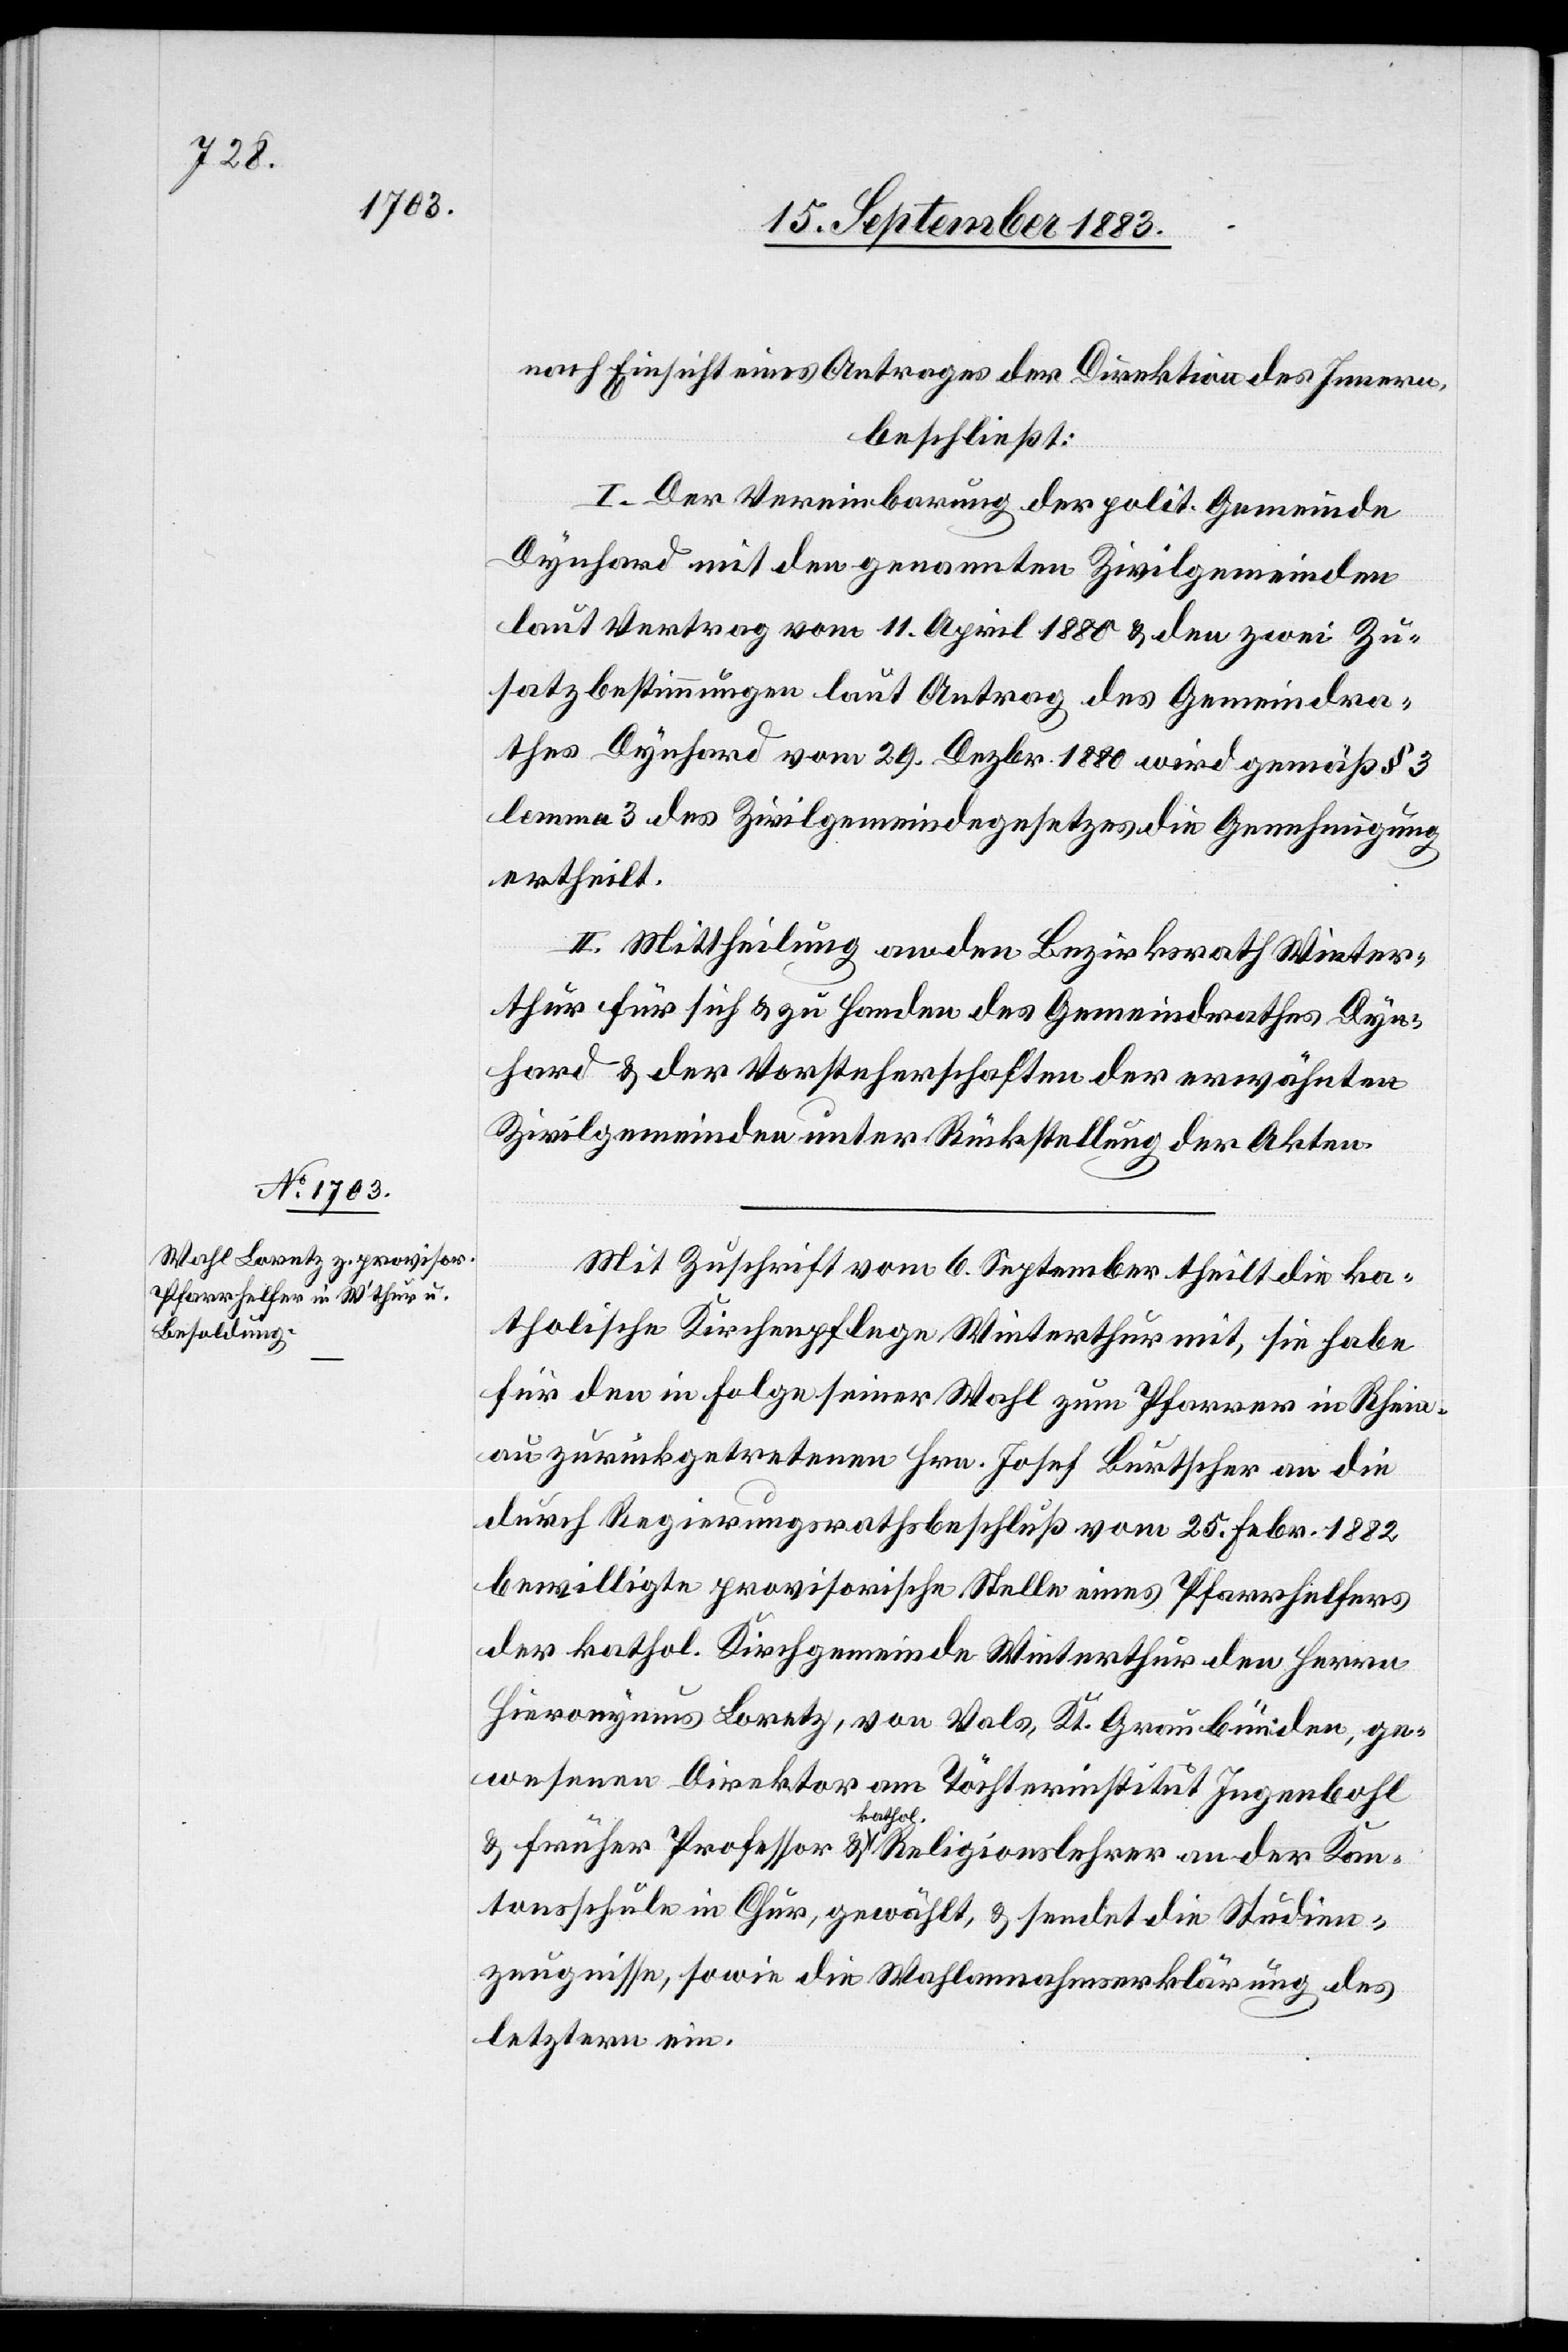
nach Einsicht eines Antrages der Direktion des Innern,
beschließt:
I. Der Vereinbarung der polit. Gemeinde
Dynhard mit den genannten Zivilgemeinden
laut Vertrag vom 11. April 1880 & den zwei Zu¬
satzbestimmungen laut Antrag des Gemeindra¬
thes Dynhard vom 29. Dezbr. 1880 wird gemäß § 3
lemma 3 des Zivilgemeindegesetzes die Genehmigung
ertheilt.
II. Mittheilung an den Bezirksrath Winter¬
thur für sich & zu Handen des Gemeindrathes Dyn¬
hard & der Vorsteherschaften der erwähnten
Zivilgemeinden unter Rückstellung der Akten.
Mit Zuschrift vom 6. September theilt die ka¬
tholische Kirchenpflege Winterthur mit, sie habe
für den in Folge seiner Wahl zum Pfarrer in Rhein¬
au zurückgetretenen Hrn. Josef Burtscher an die
durch Regierungsrathsbeschluß vom 25. Febr. 1882
bewilligte provisorische Stelle eines Pfarrhelfers
der kathol. Kirchgemeinde Winterthur den Herrn
Hieronymus Loretz, von Vals, Kt. Graubünden, ge¬
wesenen Direktor am Töchterinstitut Ingenbohl
& früher Professor & kathol. Religionslehrer an der Kan¬
tonsschule in Chur, gewählt, & sendet die Studien¬
zeugnisse, sowie die Wahlannahmserklärung des
letztern ein.